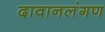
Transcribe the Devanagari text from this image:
दावानलंगण